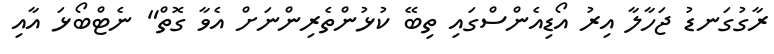
ރާގުގަނޑު ޖަހާލާ އިރު އޯޑިއެންސްގައި ތިބޭ ކުޅުންތެރިންނަށް އެވާ ގޮތް" ނެޓްބޯޅަ އާއި